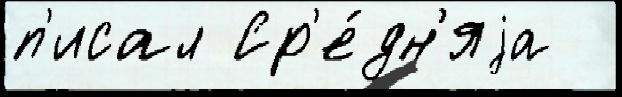
п'исал Ср'е́дн'яjа